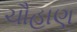
ચૌહાણ